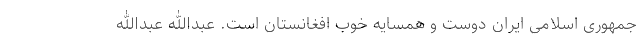
جمهوری اسلامی ایران دوست و همسایه خوب افغانستان است. عبدالله عبدالله